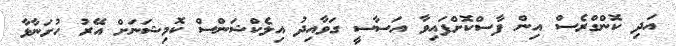
އަދި ކޮންގްރެސް އިން ފާސްކޮށްފައިވާ އަސާސީ ގަވާއިދު އިލެކްޝަންސް ކޮމިޝަނަށް އޭރު ހުށަނާޅާ